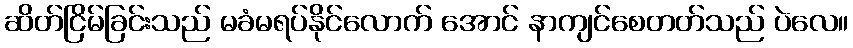
ဆိတ်ငြိမ်ခြင်းသည် မခံမရပ်နိုင်လောက် အောင် နာကျင်စေတတ်သည် ပဲလေ။